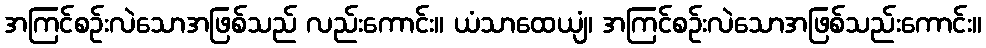
အကြင်စဉ်းလဲသောအဖြစ်သည် လည်းကောင်း။ ယံသာထေယျံ၊ အကြင်စဉ်းလဲသောအဖြစ်သည်းကောင်း။